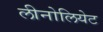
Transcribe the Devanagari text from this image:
लीनोलियेट